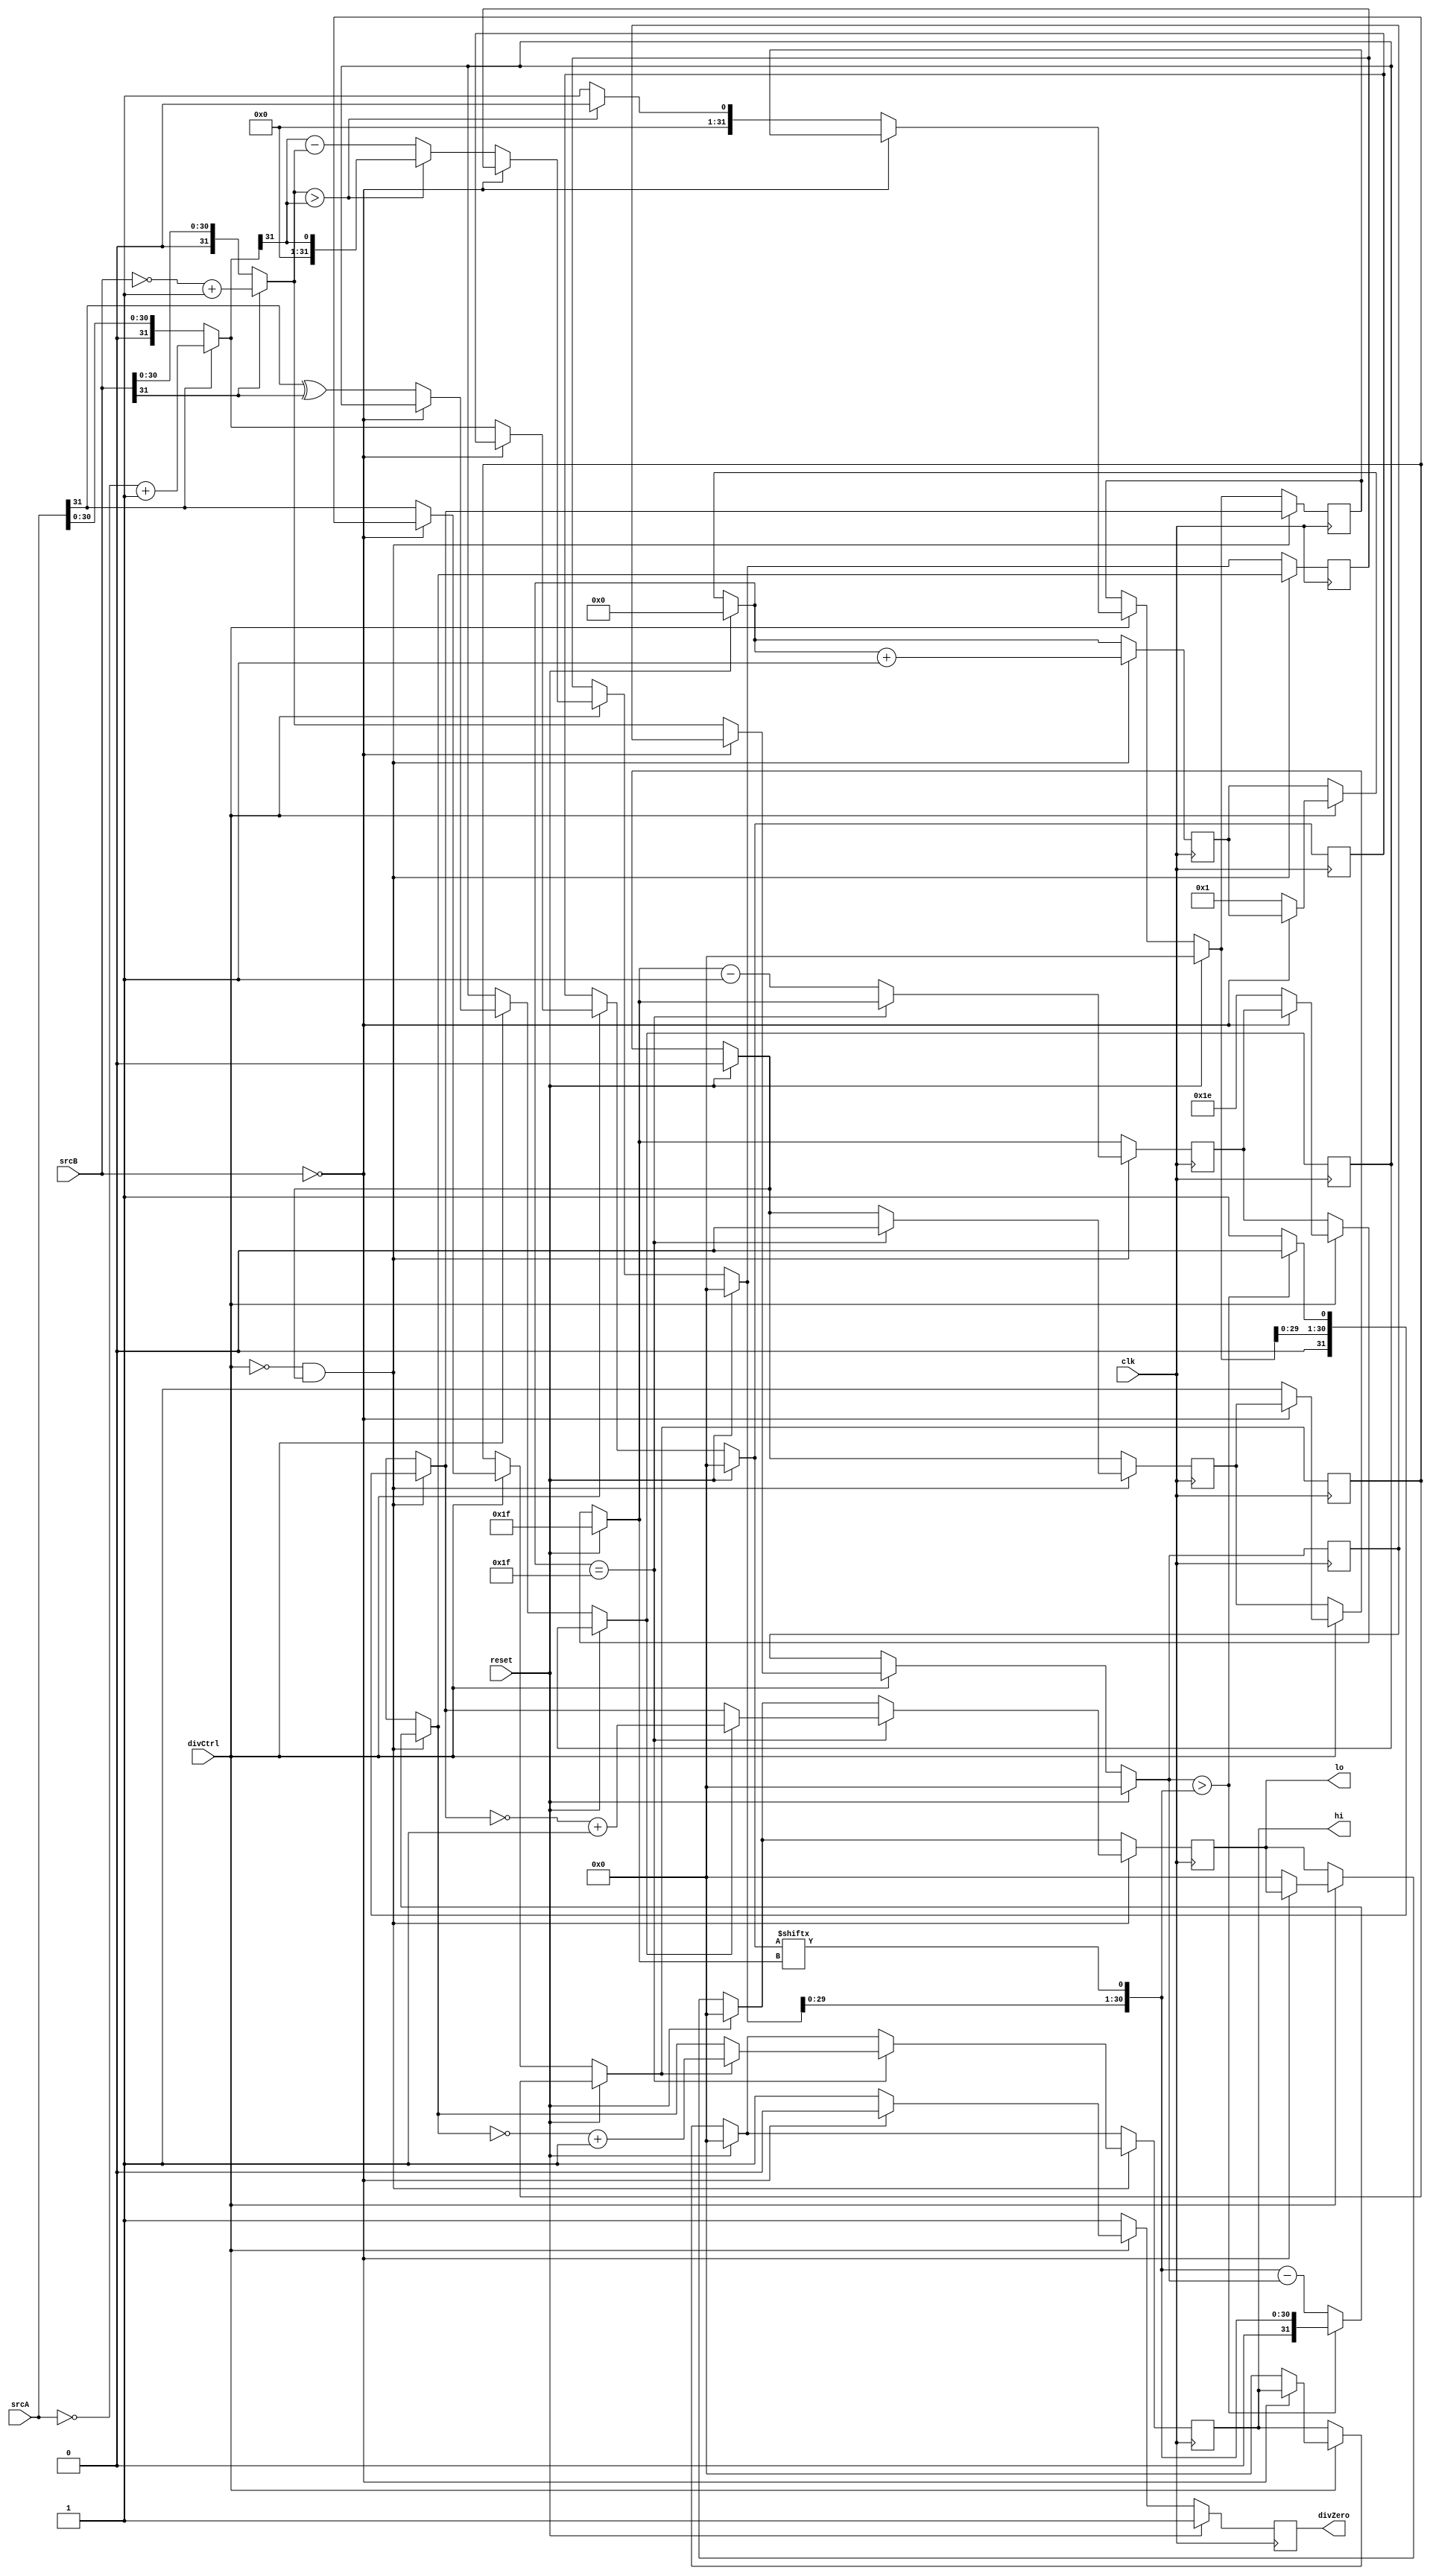
module div (
    input wire [31:0] srcA, // numerator 
    input wire [31:0] srcB, // denominator
    input wire clk,
    input wire reset,
    input wire divCtrl, // DivInit 
    output reg divZero,
    output reg [31:0] hi,
    output reg [31:0] lo
);

/*
- DivInit = 1 -> Load srcs and set divRun=1
- DivInit = 0 -> Do 1 operation; 32 cycles to finish 
    -- On cycle 32 set divRun=0
*Steps:
    1. quotient and remainder starts with zero; currDigit (of numerator) starts with 31
    2. shift remainder left and fill with the currDigit, then compare it with denominator
    3.  if denominator>remainder: shift left with 0 as the new LSB of the quotient 
        else: subtract to get new remainder and shift left with 1 as the new LSB of the quotient
    4.  if currDigit>0: do currDigit-=1 then goto 2.
        else: divRun = 0
*/	
    reg divRun, signalA, signalB, signalQuot;
    reg [31:0] numerator, quotient; // intermediates for srcA and lo
    reg [31:0] denominator, remainder; // intermediates for srcB and hi
    reg [5:0] cycleCount, currDigit;

    always @ (posedge clk) begin
        divZero = 1'b1;
		if (reset) begin
			numerator=32'b0; denominator=32'b0;
			quotient=32'b0; remainder=32'b0;

			currDigit=5'd31; cycleCount=5'd0;
            hi=32'b0; lo=32'b0;

			divRun = 0; 
		end
        else if(divCtrl) begin
            if(srcB == 32'b0) begin
                divZero = 0;
            end 
            else begin
                signalA = srcA[31];
                signalB = srcB[31];
                signalQuot = signalA ^ signalB; 
                numerator = signalA ? ~srcA + 1 : srcA;
                denominator = signalB ? ~srcB + 1 : srcB;  

                quotient = 31'b0; remainder = 31'b0;
                divRun = 1'b1; divZero = 1'b1;
                currDigit = 5'd31; cycleCount = 5'd0;

                hi=32'b0; lo=32'b0;
                
                remainder = {remainder[29:0],numerator[currDigit]};
                if(denominator>remainder) begin
                    quotient = {quotient[29:0], 1'b0};
                end
                else begin
                    remainder = remainder - denominator;
                    quotient = {quotient[29:0],1'b1};  
                end
                cycleCount <= cycleCount+1'b1;
                currDigit = currDigit-1'b1;
            end
        end
        
        if(!divCtrl & divRun) begin 
            remainder = {remainder[29:0],numerator[currDigit]};
            if(denominator>remainder) begin
                quotient = {quotient[29:0], 1'b0};
            end
            else begin
                remainder = remainder - denominator;
                quotient = {quotient[29:0],1'b1};  
            end
            cycleCount <= cycleCount+1'b1;
            if(cycleCount==5'b11111) begin  // stop div
                divRun=0;
                hi = signalA ? ~remainder + 1 : remainder;
                lo = signalQuot ? ~quotient + 1 : quotient;
            end
            else begin //-1
                currDigit = currDigit-1'b1;
            end
        end
    end
endmodule